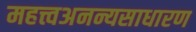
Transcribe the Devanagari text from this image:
महत्त्वअनन्यसाधारण